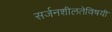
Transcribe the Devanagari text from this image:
सर्जनशीलतेविषयी